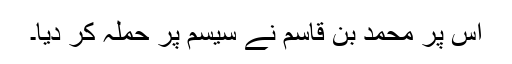
اس پر محمد بن قاسم نے سیسم پر حملہ کر دیا۔